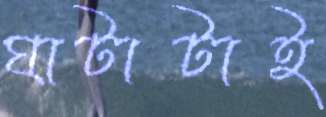
ঘাটাটাই